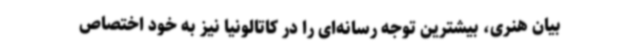
بیان هنری، بیشترین توجه رسانه‌ای را در کاتالونیا نیز به خود اختصاص